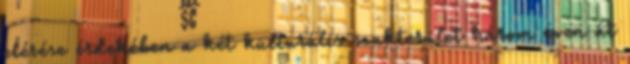
elérése érdekében a két kulturális szakterület három éven át